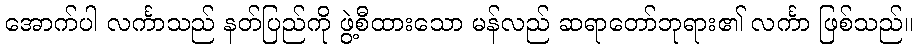
အောက်ပါ လင်္ကာသည် နတ်ပြည်ကို ဖွဲ့စီထားသော မန်လည် ဆရာတော်ဘုရား၏ လင်္ကာ ဖြစ်သည်။